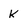
Character: k